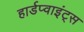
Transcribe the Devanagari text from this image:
हार्डप्वाइंट्स